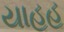
યાહૂહૂ